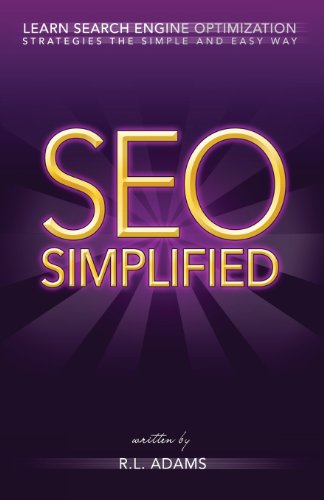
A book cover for SEO Simplified: Learn Search Engine Optimization Strategies and Principles for Beginners (The SEO Series); R L Adams; Computers & Technology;